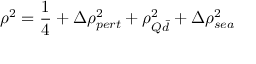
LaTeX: \rho ^ { 2 } = { \frac { 1 } { 4 } } + \Delta \rho _ { p e r t } ^ { 2 } + \rho _ { Q \bar { d } } ^ { 2 } + \Delta \rho _ { s e a } ^ { 2 }